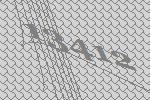
13412